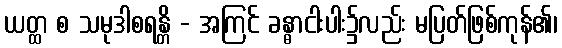
ယတ္ထ စ သမုဒါစရန္တိ - အကြင် ခန္ဓာငါးပါး၌လည်း မပြတ်ဖြစ်ကုန်၏၊